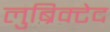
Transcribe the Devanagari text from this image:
लुब्रिक्टेद